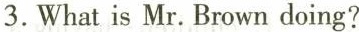
3.Whatis Mr.Brown doing?